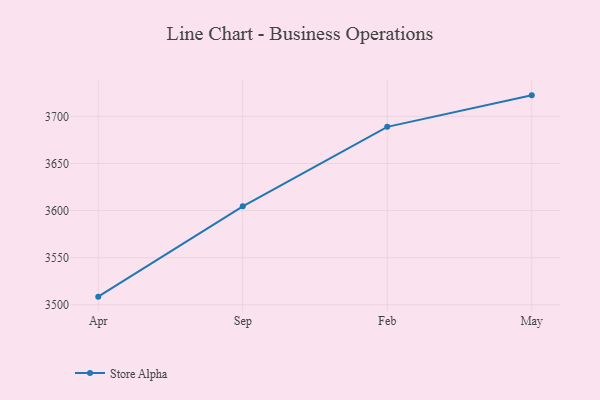
{"axis": {"x": "Month", "y": "Budget (USD K)"}, "legend": ["Store Alpha"], "data": [{"x": "Apr", "y": 3508.7, "type": "Store Alpha"}, {"x": "Sep", "y": 3604.5, "type": "Store Alpha"}, {"x": "Feb", "y": 3688.9, "type": "Store Alpha"}, {"x": "May", "y": 3722.3, "type": "Store Alpha"}]}